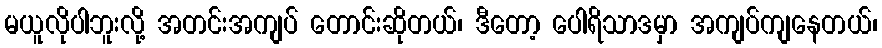
မယူလိုပါဘူးလို့ အတင်းအကျပ် တောင်းဆိုတယ်၊ ဒီတော့ ပေါရိသာဒမှာ အကျပ်ကျနေတယ်၊